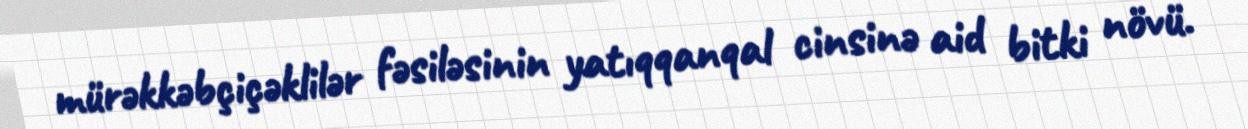
mürəkkəbçiçəklilər fəsiləsinin yatıqqanqal cinsinə aid bitki növü.